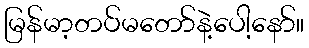
မြန်မာ့တပ်မတော်နဲ့ပေါ့နော်။